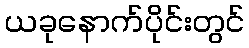
ယခုနောက်ပိုင်းတွင်